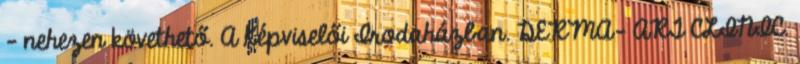
- nehezen követhető. A Képviselői Irodaházban. DERMA- ART CLINIC.